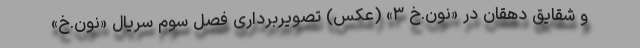
و شقایق دهقان در «نون.خ ۳» (عکس) تصویربرداری فصل سوم سریال «نون.خ»